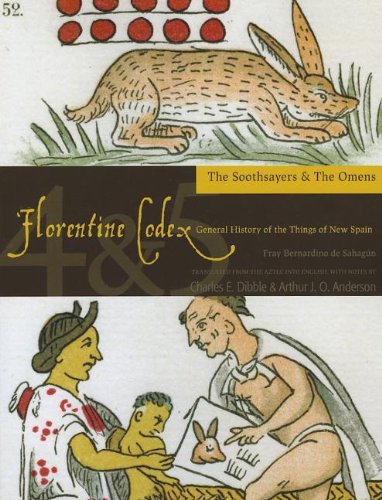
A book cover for Florentine Codex: Books 4 and 5: Book 4 and 5: The Soothsayers, the Omens (Florentine Codex: General History of the Things of New Spain); Bernardino de Sahagun; History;